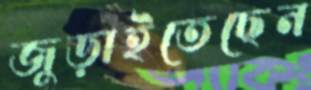
জুড়াইতেছেন